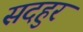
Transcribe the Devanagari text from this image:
सदहुर